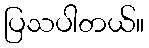
ပြသပါတယ်။